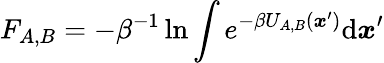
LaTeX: F_{A,B}=-\beta^{-1}\ln\int e^{-\beta U_{A,B}({\boldsymbol{x}}^{\prime})}\mathrm{d}{\boldsymbol{x}}^{\prime}